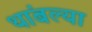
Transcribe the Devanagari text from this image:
थांबल्या